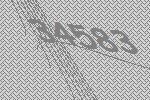
34583